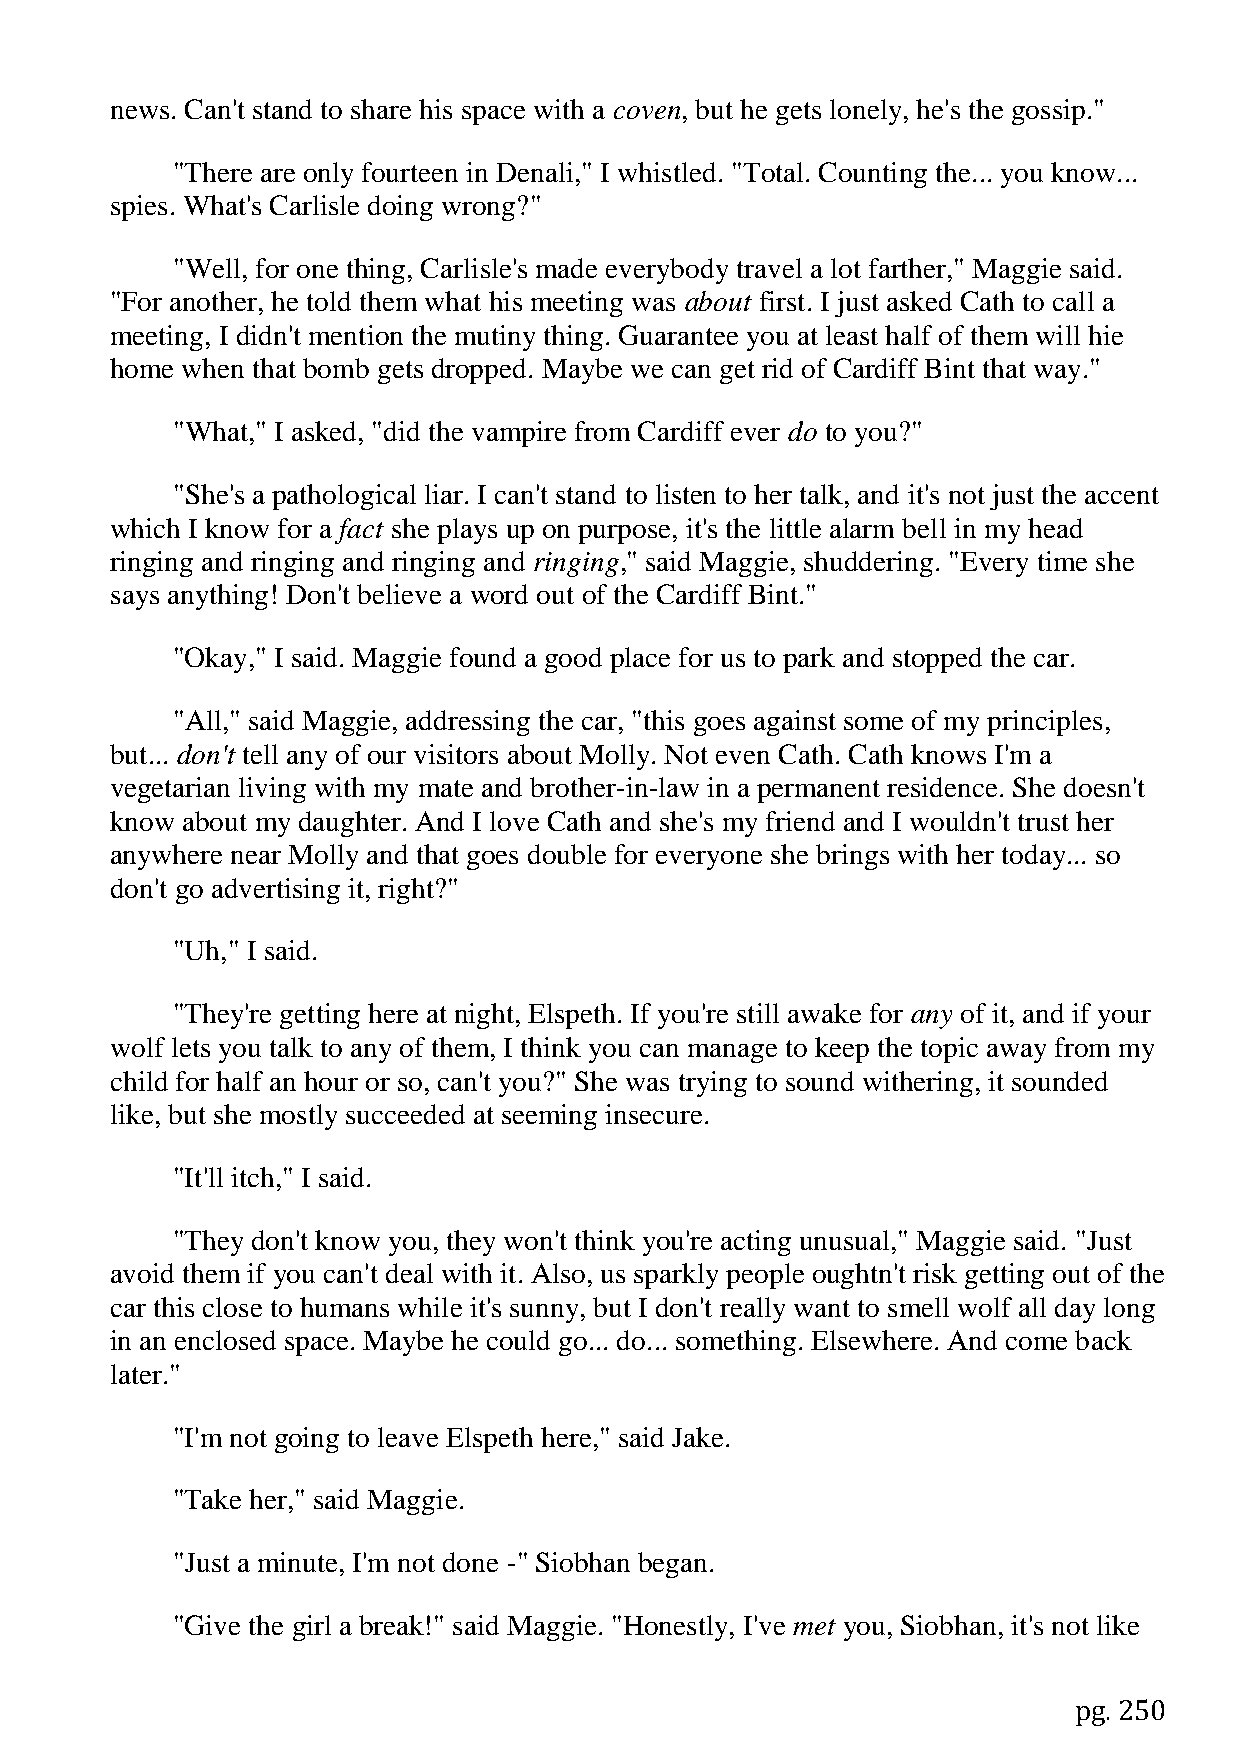
news. Can't stand to share his space with a coven, but he gets lonely, he's the gossip."
 "There are only fourteen in Denali," I whistled. "Total. Counting the... you know...
 spies. What's Carlisle doing wrong?"
 "Well, for one thing, Carlisle's made everybody travel a lot farther," Maggie said.
 "For another, he told them what his meeting was about first. I just asked Cath to call a
 meeting, I didn't mention the mutiny thing. Guarantee you at least half of them will hie
 home when that bomb gets dropped. Maybe we can get rid of Cardiff Bint that way."
 "What," I asked, "did the vampire from Cardiff ever do to you?"
 "She's a pathological liar. I can't stand to listen to her talk, and it's not just the accent
 which I know for a fact she plays up on purpose, it's the little alarm bell in my head
 ringing and ringing and ringing and ringing," said Maggie, shuddering. "Every time she
 says anything! Don't believe a word out of the Cardiff Bint."
 "Okay," I said. Maggie found a good place for us to park and stopped the car.
 "All," said Maggie, addressing the car, "this goes against some of my principles,
 but... don't tell any of our visitors about Molly. Not even Cath. Cath knows I'm a
 vegetarian living with my mate and brother-in-law in a permanent residence. She doesn't
 know about my daughter. And I love Cath and she's my friend and I wouldn't trust her
 anywhere near Molly and that goes double for everyone she brings with her today... so
 don't go advertising it, right?"
 "Uh," I said.
 "They're getting here at night, Elspeth. If you're still awake for any of it, and if your
 wolf lets you talk to any of them, I think you can manage to keep the topic away from my
 child for half an hour or so, can't you?" She was trying to sound withering, it sounded
 like, but she mostly succeeded at seeming insecure.
 "It'll itch," I said.
 "They don't know you, they won't think you're acting unusual," Maggie said. "Just
 avoid them if you can't deal with it. Also, us sparkly people oughtn't risk getting out of the
 car this close to humans while it's sunny, but I don't really want to smell wolf all day long
 in an enclosed space. Maybe he could go... do... something. Elsewhere. And come back
 later."
 "I'm not going to leave Elspeth here," said Jake.
 "Take her," said Maggie.
 "Just a minute, I'm not done -" Siobhan began.
 "Give the girl a break!" said Maggie. "Honestly, I've met you, Siobhan, it's not like
 pg. 250